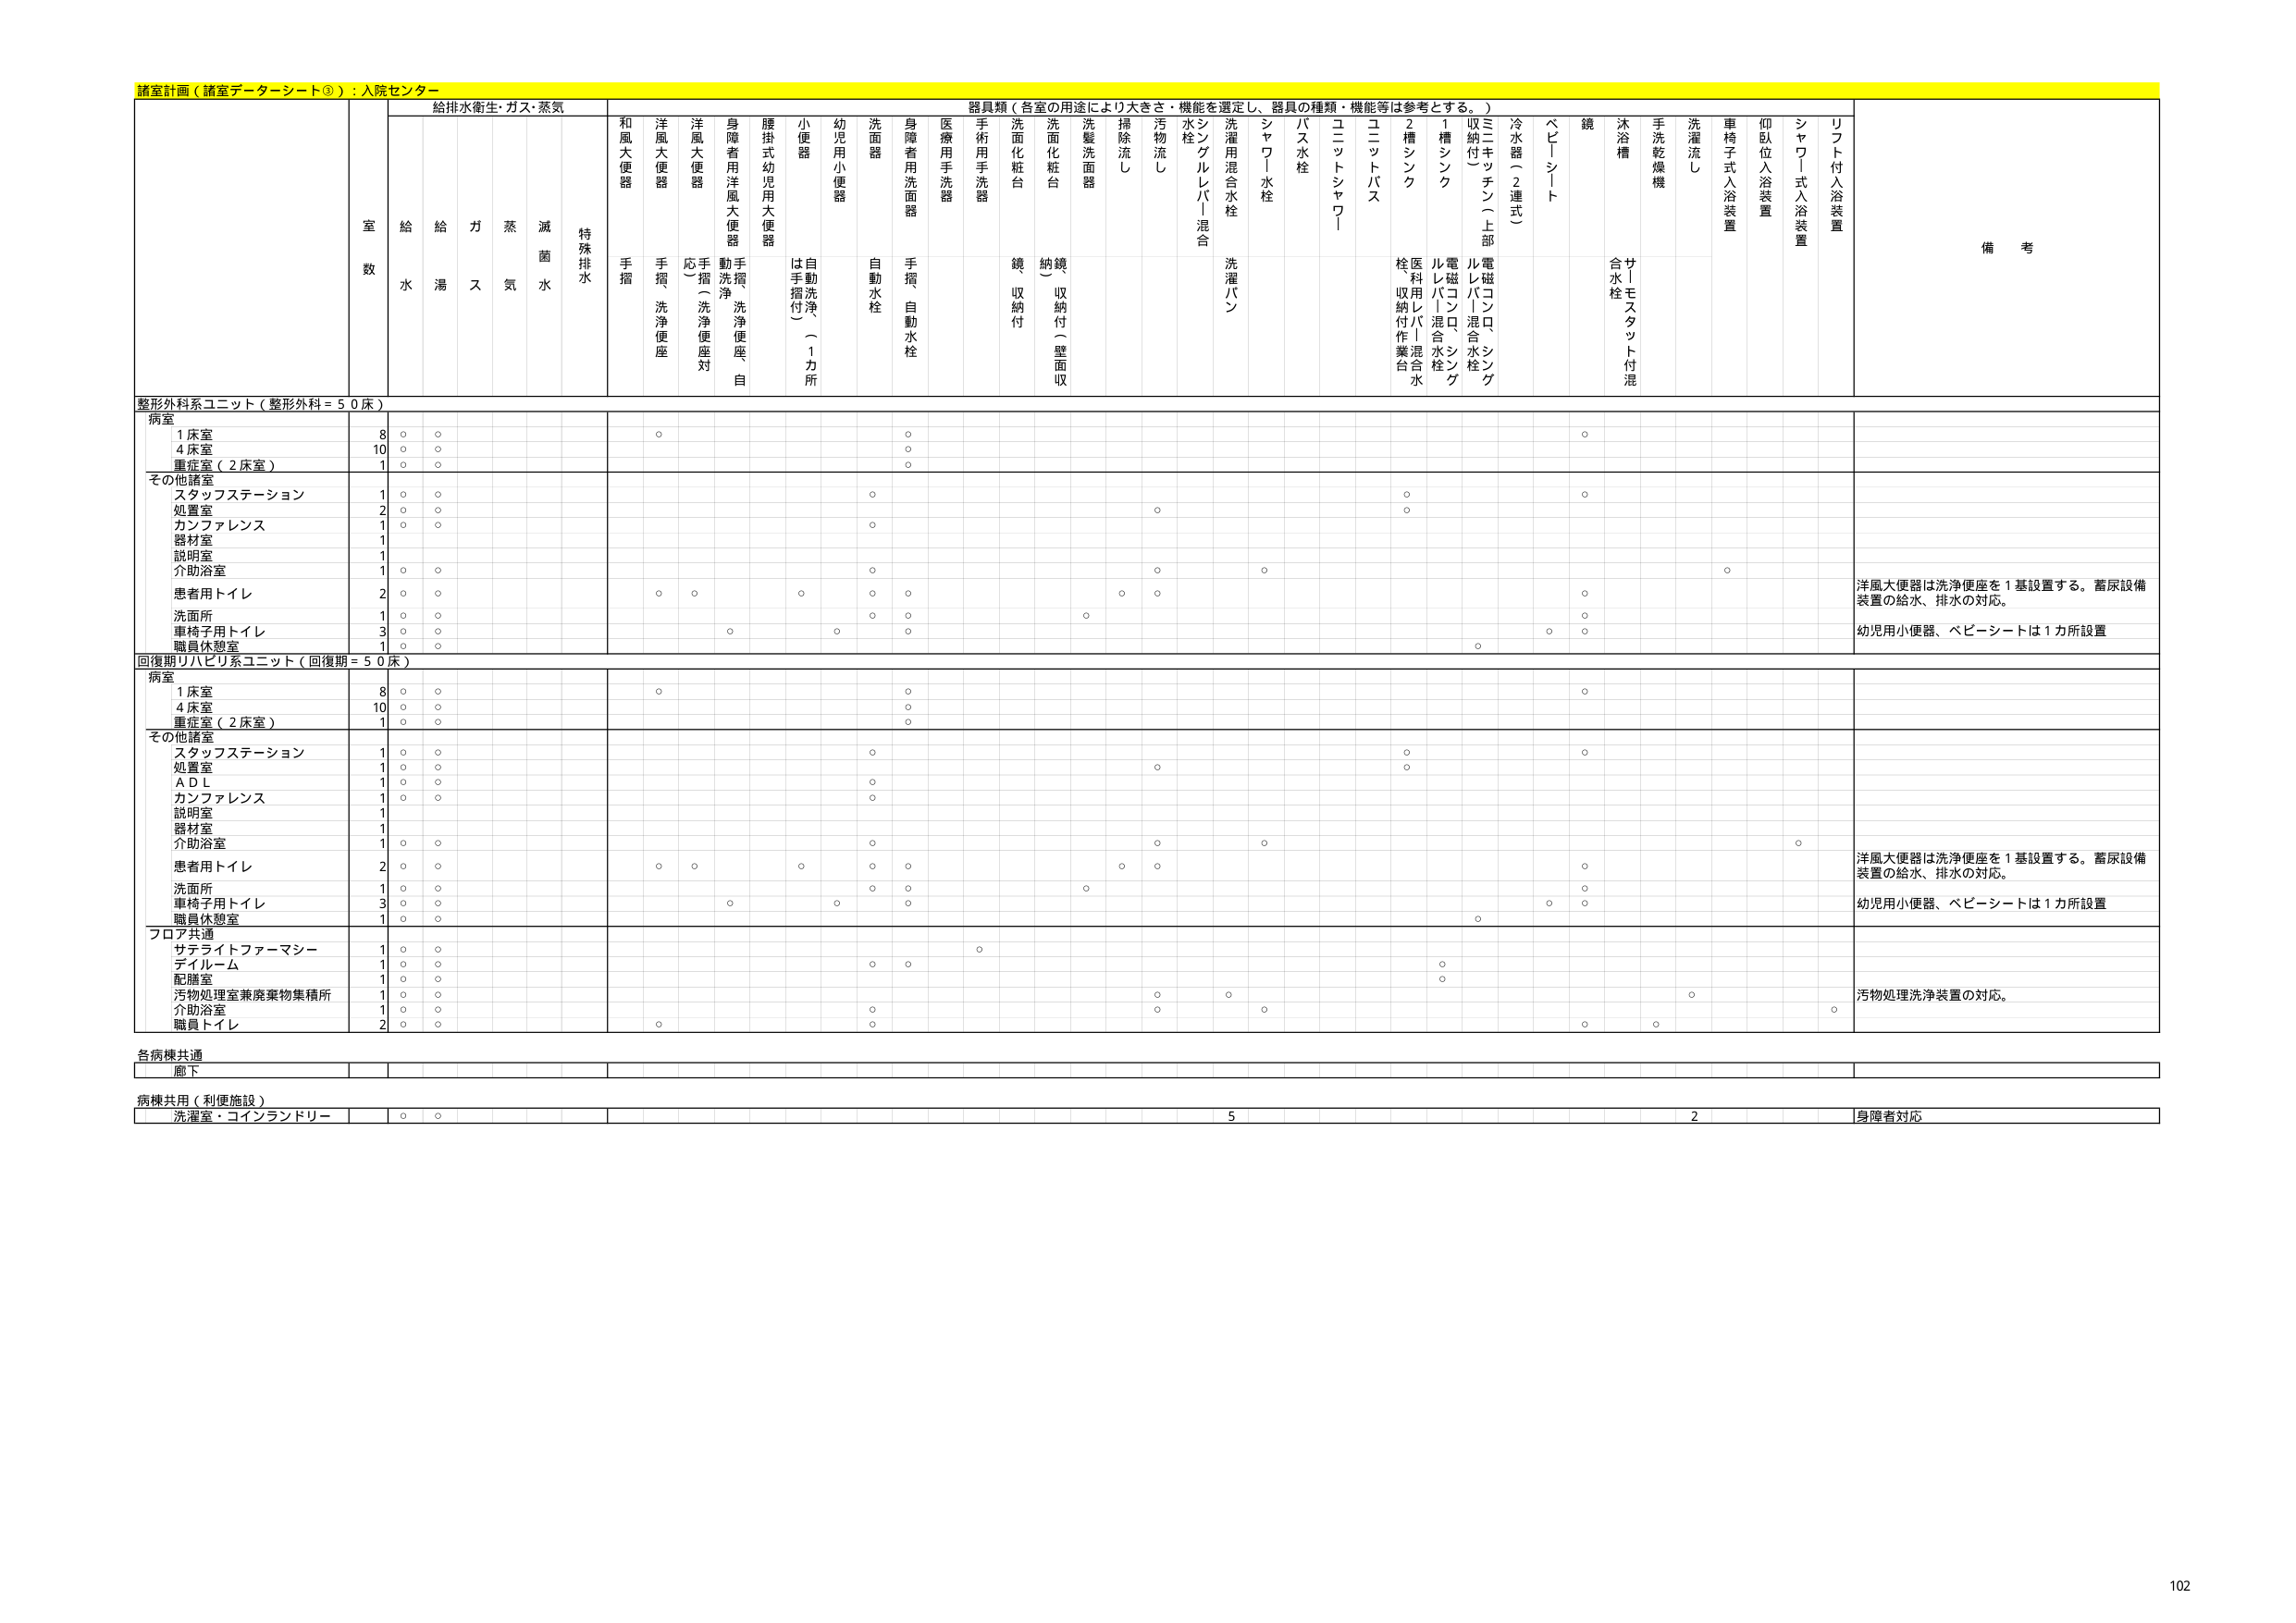
諸室計画（諸室データシート③）：入院センター

給排水衛生・ガス・蒸気
室数
給水
給湯
ガス
蒸気
滅菌水
特殊排水

器具類（各室の用途により大きさ・機能を選定し、器具の種類・機能等は参考とする。）
和風大便器
手摺
洋風大便器
手摺、洗浄便座
洋風大便器
応（洗浄便座対応）
身障者用洋風大便器
動洗浄、手摺、洗浄便座、自動
腰掛式幼児用大便器
小便器
は手摺付（自動洗浄）（1カ所）
幼児用小便器
洗面器
自動水栓
身障者用洗面器
手摺、自動水栓
医療用手洗器
手術用手洗器
洗面化粧台
鏡、収納付
洗面化粧台
納鏡（収納付）（壁面収納）
洗髪洗面器
掃除流し
汚物流し
水栓
シングルレバー混合
洗濯用混合水栓
洗濯パン
シャワー水栓
バス水栓
ユニットシャワー
ユニットバス
2槽シンク
医療用レバー混合水栓、収納付作業台
1槽シンク
電磁コンロ、シンク
電磁コンロ、シンク
三宅キッチン（上部収納付）
冷水管（2連式）
ベビーシート
鏡
サトモスタット付混合水栓
沐浴槽
手洗乾燥機
洗濯流し
車椅子式入浴装置
仰臥位入浴装置
シャワー式入浴装置
リフト付入浴装置
備考

整形外科系ユニット（整形外科＝50床）
病室
1床室
8
○
○
○
○
○
4床室
10
○
○
○
○
重症室（2床室）
1
○
○
○
○
その他諸室
スタッフステーション
1
○
○
○
○
処置室
2
○
○
○
○
カンファレンス
1
○
○
○
器材室
1
説明室
1
介助浴室
1
○
○
○
○
○
洋風大便器は洗浄便座を1基設置する。蓄尿設備装置の給水、排水の対応。
患者用トイレ
2
○
○
○
○
○
○
○
○
○
○
○
○
洗面所
1
○
○
○
○
○
○
○
○
○
○
○
○
車椅子用トイレ
3
○
○
○
○
○
○
○
○
○
○
○
○
職員休憩室
1
○
○
○

回復期リハビリ系ユニット（回復期＝50床）
病室
1床室
8
○
○
○
○
4床室
10
○
○
○
○
重症室（2床室）
1
○
○
○
○
その他諸室
スタッフステーション
1
○
○
○
○
処置室
1
○
○
○
○
ＡＤＬ
1
○
○
○
カンファレンス
1
○
○
○
説明室
1
器材室
1
介助浴室
1
○
○
○
○
○
洋風大便器は洗浄便座を1基設置する。蓄尿設備装置の給水、排水の対応。
患者用トイレ
2
○
○
○
○
○
○
○
○
○
○
○
○
洗面所
1
○
○
○
○
○
○
○
○
○
○
○
○
車椅子用トイレ
3
○
○
○
○
○
○
○
○
○
○
○
○
職員休憩室
1
○
○
○

フロア共通
サテライトファーマシー
1
○
○
○
デイルーム
1
○
○
○
○
○
配膳室
1
○
○
○
汚物処理室兼廃棄物集積所
1
○
○
○
○
○
○
○
○
○
○
○
○
介助浴室
1
○
○
○
○
○
○
○
○
○
○
○
○
職員トイレ
2
○
○
○
○
○
○
○
○
○
○
○
○
汚物処理洗浄装置の対応。

各病棟共通
廊下

病棟共用（利便施設）
洗濯室・コインランドリー
○
○
5
2
身障者対応

102